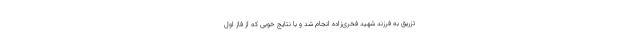
تزریق به فرزند شهید فخری‌زاده انجام شد و با نتایج خوبی که از فاز اول